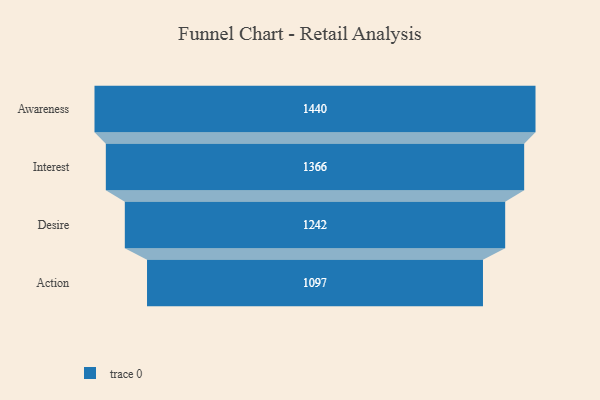
{"axis": {"x": "Stage", "y": "Value"}, "legend": [""], "data": [{"x": "Awareness", "y": 1440.0, "type": ""}, {"x": "Interest", "y": 1366.0, "type": ""}, {"x": "Desire", "y": 1242.0, "type": ""}, {"x": "Action", "y": 1097.0, "type": ""}]}